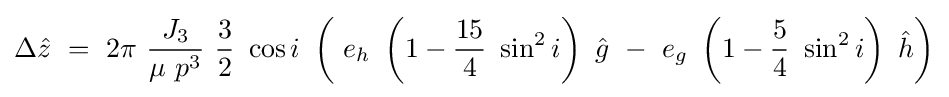
\Delta {\hat {z}}\ =\ 2\pi \ {\frac {J_{3}}{\mu \ p^{3}}}\ {\frac {3}{2}}\ \cos i\ \left(\ e_{h}\ \left(1-{\frac {15}{4}}\ \sin ^{2}i\right)\ {\hat {g}}\ -\ e_{g}\ \left(1-{\frac {5}{4}}\ \sin ^{2}i\right)\ {\hat {h}}\right)